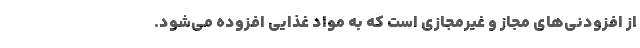
از افزودنی‌های مجاز و غیرمجازی است که به مواد غذایی افزوده می‌شود.